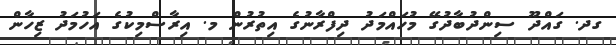
ގދ. ގައްދޫ ސިންދުބާދުގޭ މުހައްމަދު ދިފްރާނުގެ އިތުރުން މ. އިރާސްމިކުގެ އަހުމަދު ޒިހާން